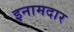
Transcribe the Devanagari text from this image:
इनामदार